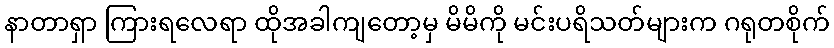
နာတာရှာ ကြားရလေရာ ထိုအခါကျတော့မှ မိမိကို မင်းပရိသတ်များက ဂရုတစိုက်